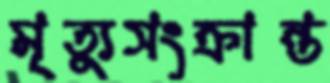
মৃত্যুসংক্রান্ত